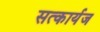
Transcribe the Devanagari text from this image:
सत्कार्यज